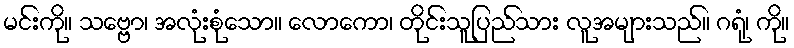
မင်းကို။ သဗ္ဗော၊ အလုံးစုံသော။ လောကော၊ တိုင်းသူပြည်သား လူအများသည်။ ဂရုံ၊ ကို။